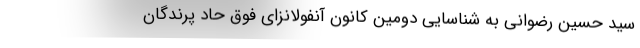
سید حسین رضوانی به شناسایی دومین کانون آنفولانزای فوق حاد پرندگان